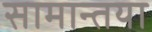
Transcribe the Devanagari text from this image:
सामान्तया